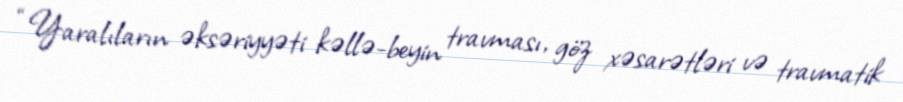
“Yaralıların əksəriyyəti kəllə-beyin travması, göz xəsarətləri və travmatik